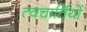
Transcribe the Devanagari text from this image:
त्वचार्तियों